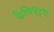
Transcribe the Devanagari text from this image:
कैविएट्स